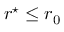
r ^ { \star } \leq r _ { 0 }